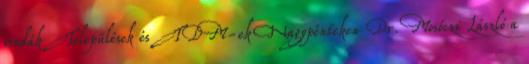
irodák Települések és TDM-ek Nagypénteken Dr. Mosóczi László a